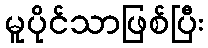
မူပိုင်သာဖြစ်ပြီး